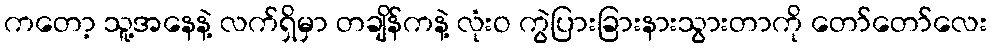
ကတော့ သူ့အနေနဲ့ လက်ရှိမှာ တချိန်ကနဲ့ လုံးဝ ကွဲပြားခြားနားသွားတာကို တော်တော်လေး